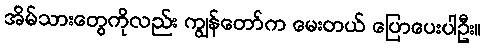
အိမ်သားတွေကိုလည်း ကျွန်တော်က မေးတယ် ပြောပေးပါဦး။